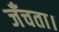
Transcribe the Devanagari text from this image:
जँचता।